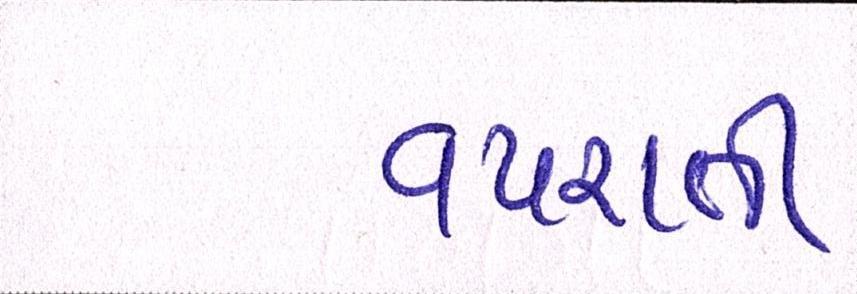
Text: વપરાતી